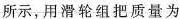
所示，用滑轮组把质量为